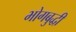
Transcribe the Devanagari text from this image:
भोगबुद्धी